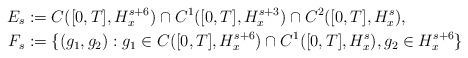
LaTeX: \begin{align*} E_s & := C([0,T], H^{s+6}_x) \cap C^1([0,T], H^{s+3}_x) \cap C^2([0,T], H^s_x),\\F_s & := \{ (g_1, g_2) : g_1 \in C([0,T], H^{s+6}_x) \cap C^1([0,T], H^s_x), g_2 \in H^{s+6}_x \}\end{align*}